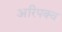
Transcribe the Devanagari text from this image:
अरिपक्व